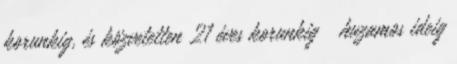
korunkig, és közvetetten 21 éves korunkig � huzamos ideig